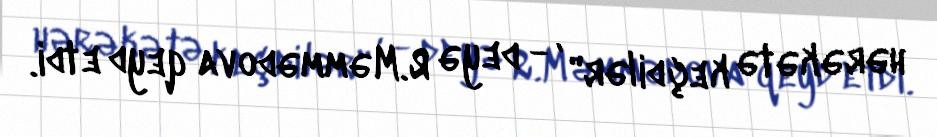
hərəkətə keçdilər" , - deyə R.Məmmədova qeyd etdi.